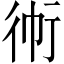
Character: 𲀛